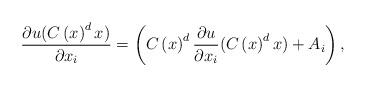
LaTeX: \begin{align*}\frac{\partial u(C\left( x\right) ^{d}x)}{\partial x_{i}}=\left( C\left(x\right) ^{d}\frac{\partial u}{\partial x_{i}}(C\left( x\right)^{d}x)+A_{i}\right) ,\end{align*}